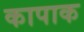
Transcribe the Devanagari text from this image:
कापाक